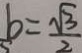
b = \frac { \sqrt { 3 } } { 2 }